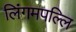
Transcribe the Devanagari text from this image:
लिंगमपल्लि